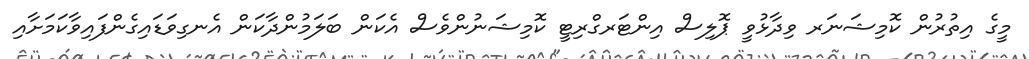
މީގެ އިތުރުން ކޮމިޝަނަރ ވިދާޅުވީ ޕޮލިސް އިންޓަރގްރިޓީ ކޮމިޝަނުންވެސް އެކަން ބަލަމުންދާކަން އެނގިވަޑައިގެންފައިވާކަމަށާއި